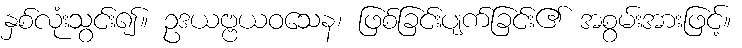
နှစ်လုံးသွင်း၍။ ဥဒယဗ္ဗယဝသေန၊ ဖြစ်ခြင်းပျက်ခြင်း၏ အစွမ်းအားဖြင့်။